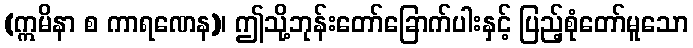
(ဣမိနာ စ ကာရဏေန)၊ ဤသို့ဘုန်းတော်ခြောက်ပါးနှင့် ပြည့်စုံတော်မူသော